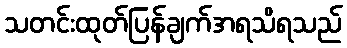
သတင်းထုတ်ပြန်ချက်အရသိရသည်